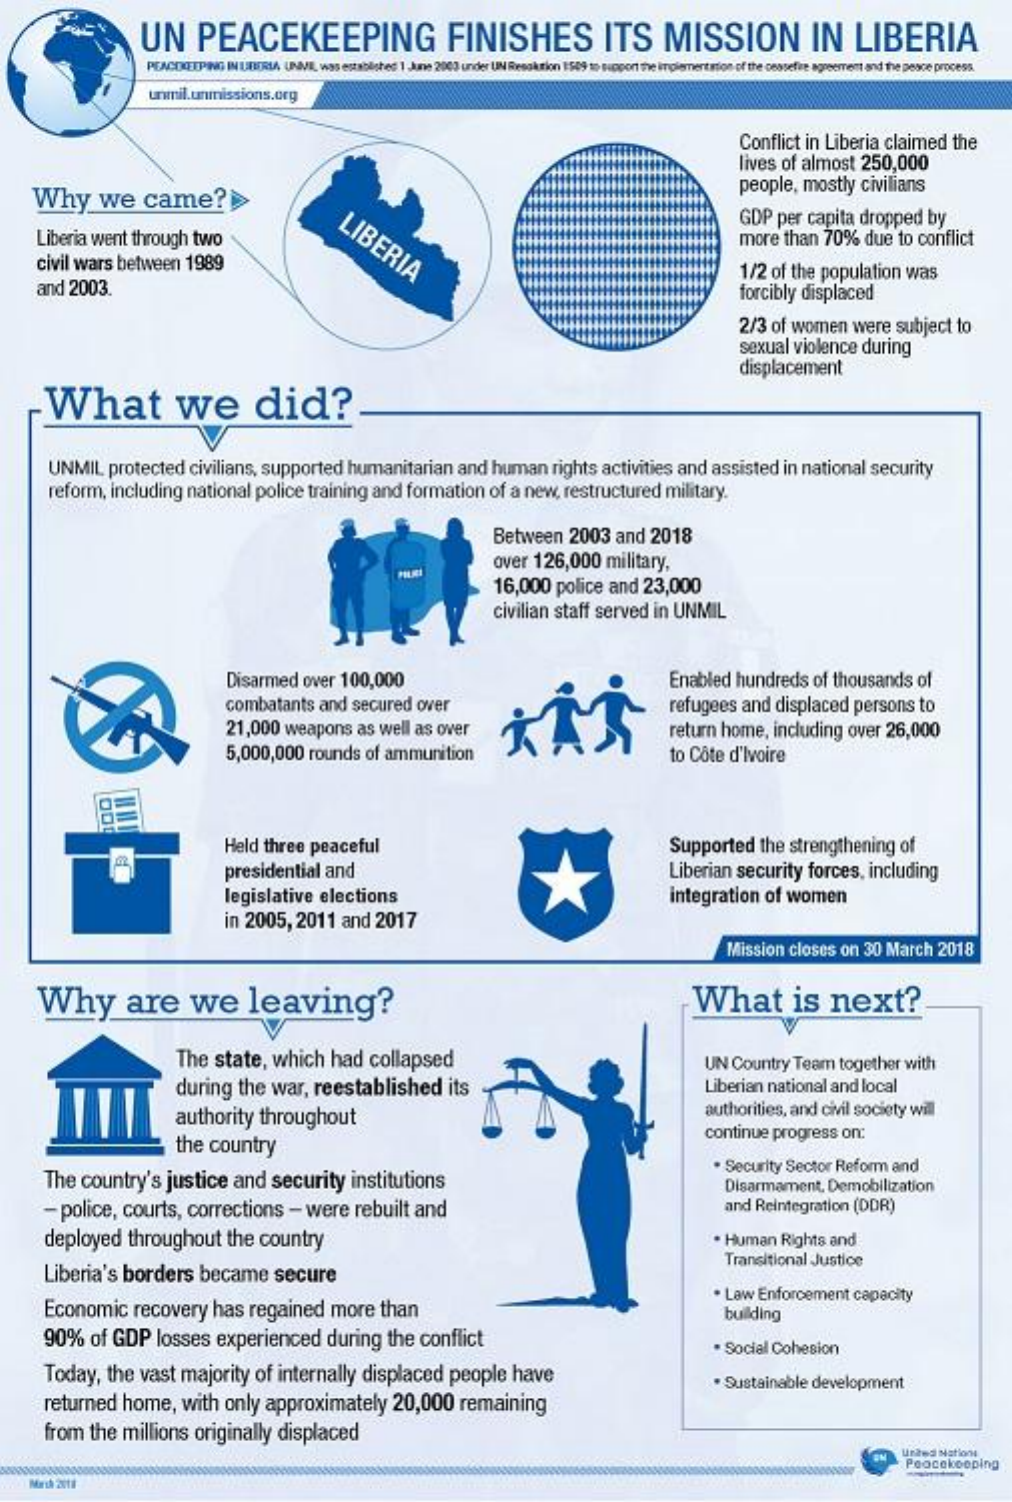
UN    PEACEKEEPING    FINISHES    ITS    MISSION    IN    LIBERIA
     PEACEKEEPING IN UIBIERLA UNVIE was established 1 June 2003 under UN Resolution 1549 to support the implementation of the cessefre agreement and the peace process.
     unmil.unmissions.org
     Conflict  in Liberia   claimed    the
     lives  of  almost    250,000
     Why    we    came?»>
     people,   mostly    civilians
     Liberia  went   through   two    LIBERIA
     GDP  per  capita   dropped    by
     more   than   70%    due   to conflict
     civil wars   between    1989
     and   2003.
     1/2 of the  population    was
     forcibly  displaced
     2/3  of  women    were   subject    to
     sexual   violence   during
     displacement
     What    we    did?
     UNMIL    protected    civilians,   supported    humanitarian    and   human    rights  activities   and   assisted    in national   security
     reform,   including    national    police  training   and  formation    of  a new,   restructured    military.
     Between    2003   and    2018
     over   126,000    military,
     16,000    police  and   23,000
     civilian staff  served    in UNMIL
     Disarmed    over   100,000    Enabled    hundreds    of  thousands    of
     combatants    and  secured    over    refugees    and  displaced    persons    to
     21,000   weapons    as  well  as  over    return  home,    including   over   26,000
     5,000,000    rounds    of ammunition    to Côte  d'Ivoire
     Held  three  peaceful    Supported    the  strengthening    of
     presidential    and    Liberian   security    forces,   including
     legislative    elections
     in 2005,   2011    and   2017
     integration    of  women
     Mission  closes   on  30  March   2018
     Why    are    we    leaving?    What    is    next?
     The   state,   which    had    collapsed
     during   the   war,   reestablished    its
     UN  Country   Team    together   with
     Liberian  national   and  local
     authority    throughout    authorities,  and  civil society  will
     the country
     continue   progress   on:
     The  country's    justice    and   security    institutions
     Security  Sector  Reform    and
     Disarmament,    Demobilization
     -  police,   courts,    corrections    -  were    rebuilt   and    and  Reintegration   (DDR)
     deployed    throughout    the  country    . Human    Rights  and
     Liberia's   borders    became    secure
     Transitional   Justice
     Economic    recovery    has   regained    more    than
     . Law  Enforcement    capacity
     building
     90%    of  GDP    losses    experienced    during    the  conflict    . Social  Cohesion
     Today,   the   vast   majority    of  internally    displaced    people    have
     returned    home,    with   only   approximately    20,000    remaining
     · Sustainable   development
     from   the  millions    originally    displaced
     united Nations
     Peacekeeping